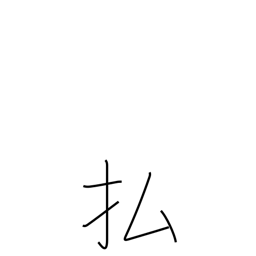
Meaning: prune